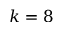
k = 8